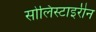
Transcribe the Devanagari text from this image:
सोलिस्टाइरीन